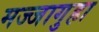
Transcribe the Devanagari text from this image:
मज्जागुहा